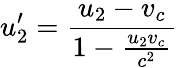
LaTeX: u_{2}^{\prime}={\frac{u_{2}-v_{c}}{1-{\frac{u_{2}v_{c}}{c^{2}}}}}